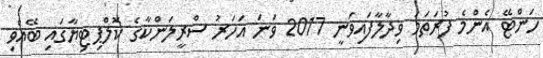
ހަންޓޭ އެންމެ ފުރަތަމަ ވިދާލާފައިވަނީ 2017 ވަނަ އަހަރު ސްރީލަންކާގެ ކޮލްޕިޓިޔާގައި ބޭއްވި